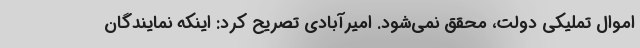
اموال تملیکی دولت، محقق نمی‌شود. امیرآبادی تصریح کرد: اینکه نمایندگان